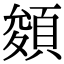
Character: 𩓀